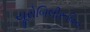
યૂરોબિલીરૂબિન